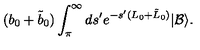
( b _ { 0 } + \tilde { b } _ { 0 } ) \int _ { \pi } ^ { \infty } d s ^ { \prime } e ^ { - s ^ { \prime } ( L _ { 0 } + \tilde { L } _ { 0 } ) } | \mathcal { B } \rangle .